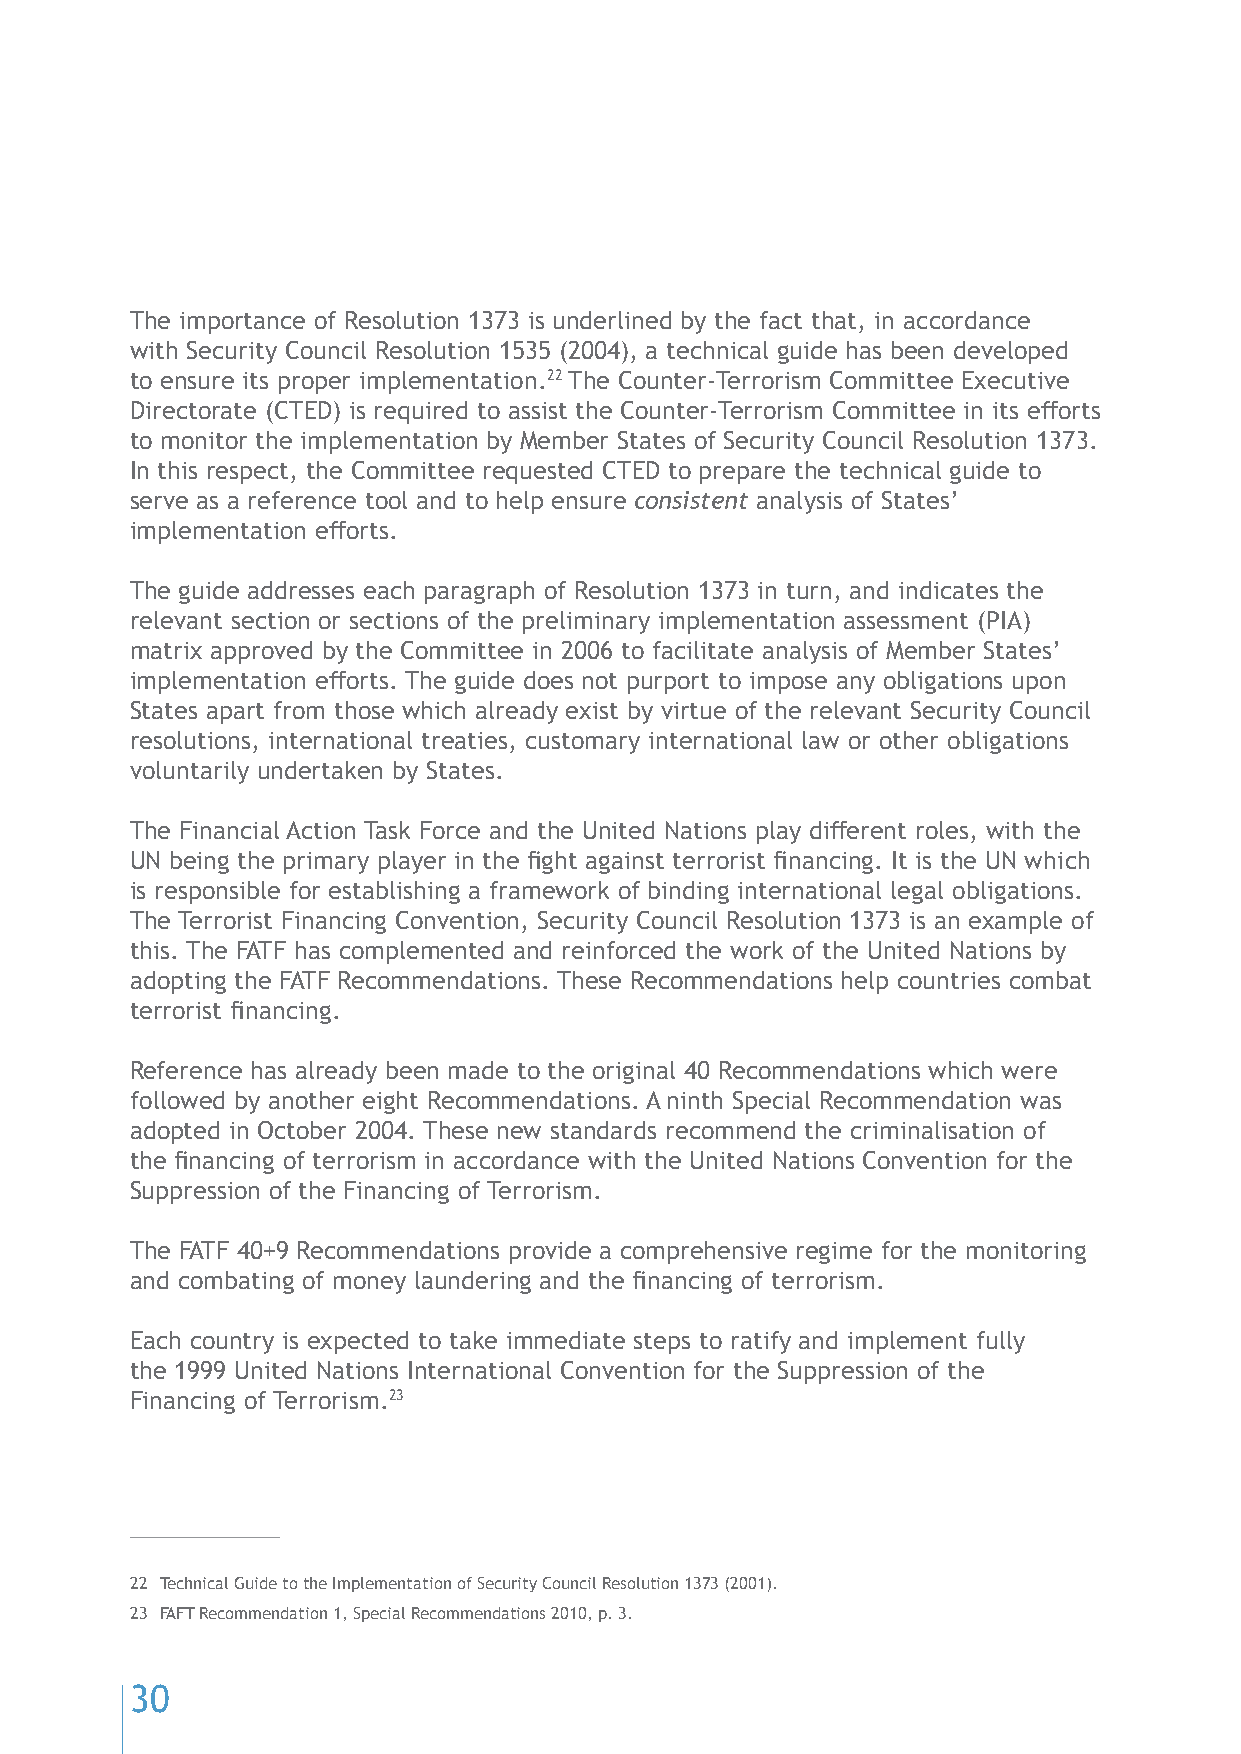
The importance of Resolution 1373 is underlined by the fact that, in accordance
 with Security Council Resolution 1535 (2004), a technical guide has been developed
 to ensure its proper implementation.22 The Counter-Terrorism Committee Executive
 Directorate (CTED) is required to assist the Counter-Terrorism Committee in its efforts
 to monitor the implementation by Member States of Security Council Resolution 1373.
 In this respect, the Committee requested CTED to prepare the technical guide to
 serve as a reference tool and to help ensure consistent analysis of States’
 implementation efforts.
 The guide addresses each paragraph of Resolution 1373 in turn, and indicates the
 relevant section or sections of the preliminary implementation assessment (PIA)
 matrix approved by the Committee in 2006 to facilitate analysis of Member States’
 implementation efforts. The guide does not purport to impose any obligations upon
 States apart from those which already exist by virtue of the relevant Security Council
 resolutions, international treaties, customary international law or other obligations
 voluntarily undertaken by States.
 The Financial Action Task Force and the United Nations play different roles, with the
 UN being the primary player in the fight against terrorist financing. It is the UN which
 is responsible for establishing a framework of binding international legal obligations.
 The Terrorist Financing Convention, Security Council Resolution 1373 is an example of
 this. The FATF has complemented and reinforced the work of the United Nations by
 adopting the FATF Recommendations. These Recommendations help countries combat
 terrorist financing.
 Reference has already been made to the original 40 Recommendations which were
 followed by another eight Recommendations. A ninth Special Recommendation was
 adopted in October 2004. These new standards recommend the criminalisation of
 the financing of terrorism in accordance with the United Nations Convention for the
 Suppression of the Financing of Terrorism.
 The FATF 40+9 Recommendations provide a comprehensive regime for the monitoring
 and combating of money laundering and the financing of terrorism.
 Each country is expected to take immediate steps to ratify and implement fully
 the 1999 United Nations International Convention for the Suppression of the
 Financing of Terrorism.23
 22 Technical Guide to the Implementation of Security Council Resolution 1373 (2001).
 23 FAFT Recommendation 1, Special Recommendations 2010, p. 3.
 30